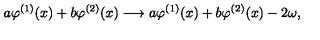
a \varphi ^ { ( 1 ) } ( x ) + b \varphi ^ { ( 2 ) } ( x ) \longrightarrow a \varphi ^ { ( 1 ) } ( x ) + b \varphi ^ { ( 2 ) } ( x ) - 2 \omega ,